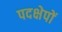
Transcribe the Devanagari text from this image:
पदक्षेपों